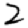
Digit: 2